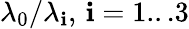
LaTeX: \lambda_{0}/\lambda_{\mathbf{i}},\, \mathbf{i}=1...3